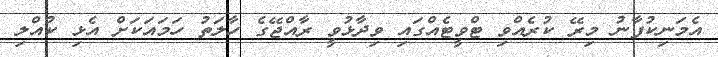
އެމަނިކުފާނު މިރޭ ކުރެއްވި ޓްވީޓެއްގައި ވިދާޅުވީ ރާއްޖޭގެ ހާލަތު ހަމައަކަށް އެޅި ކުއްލި